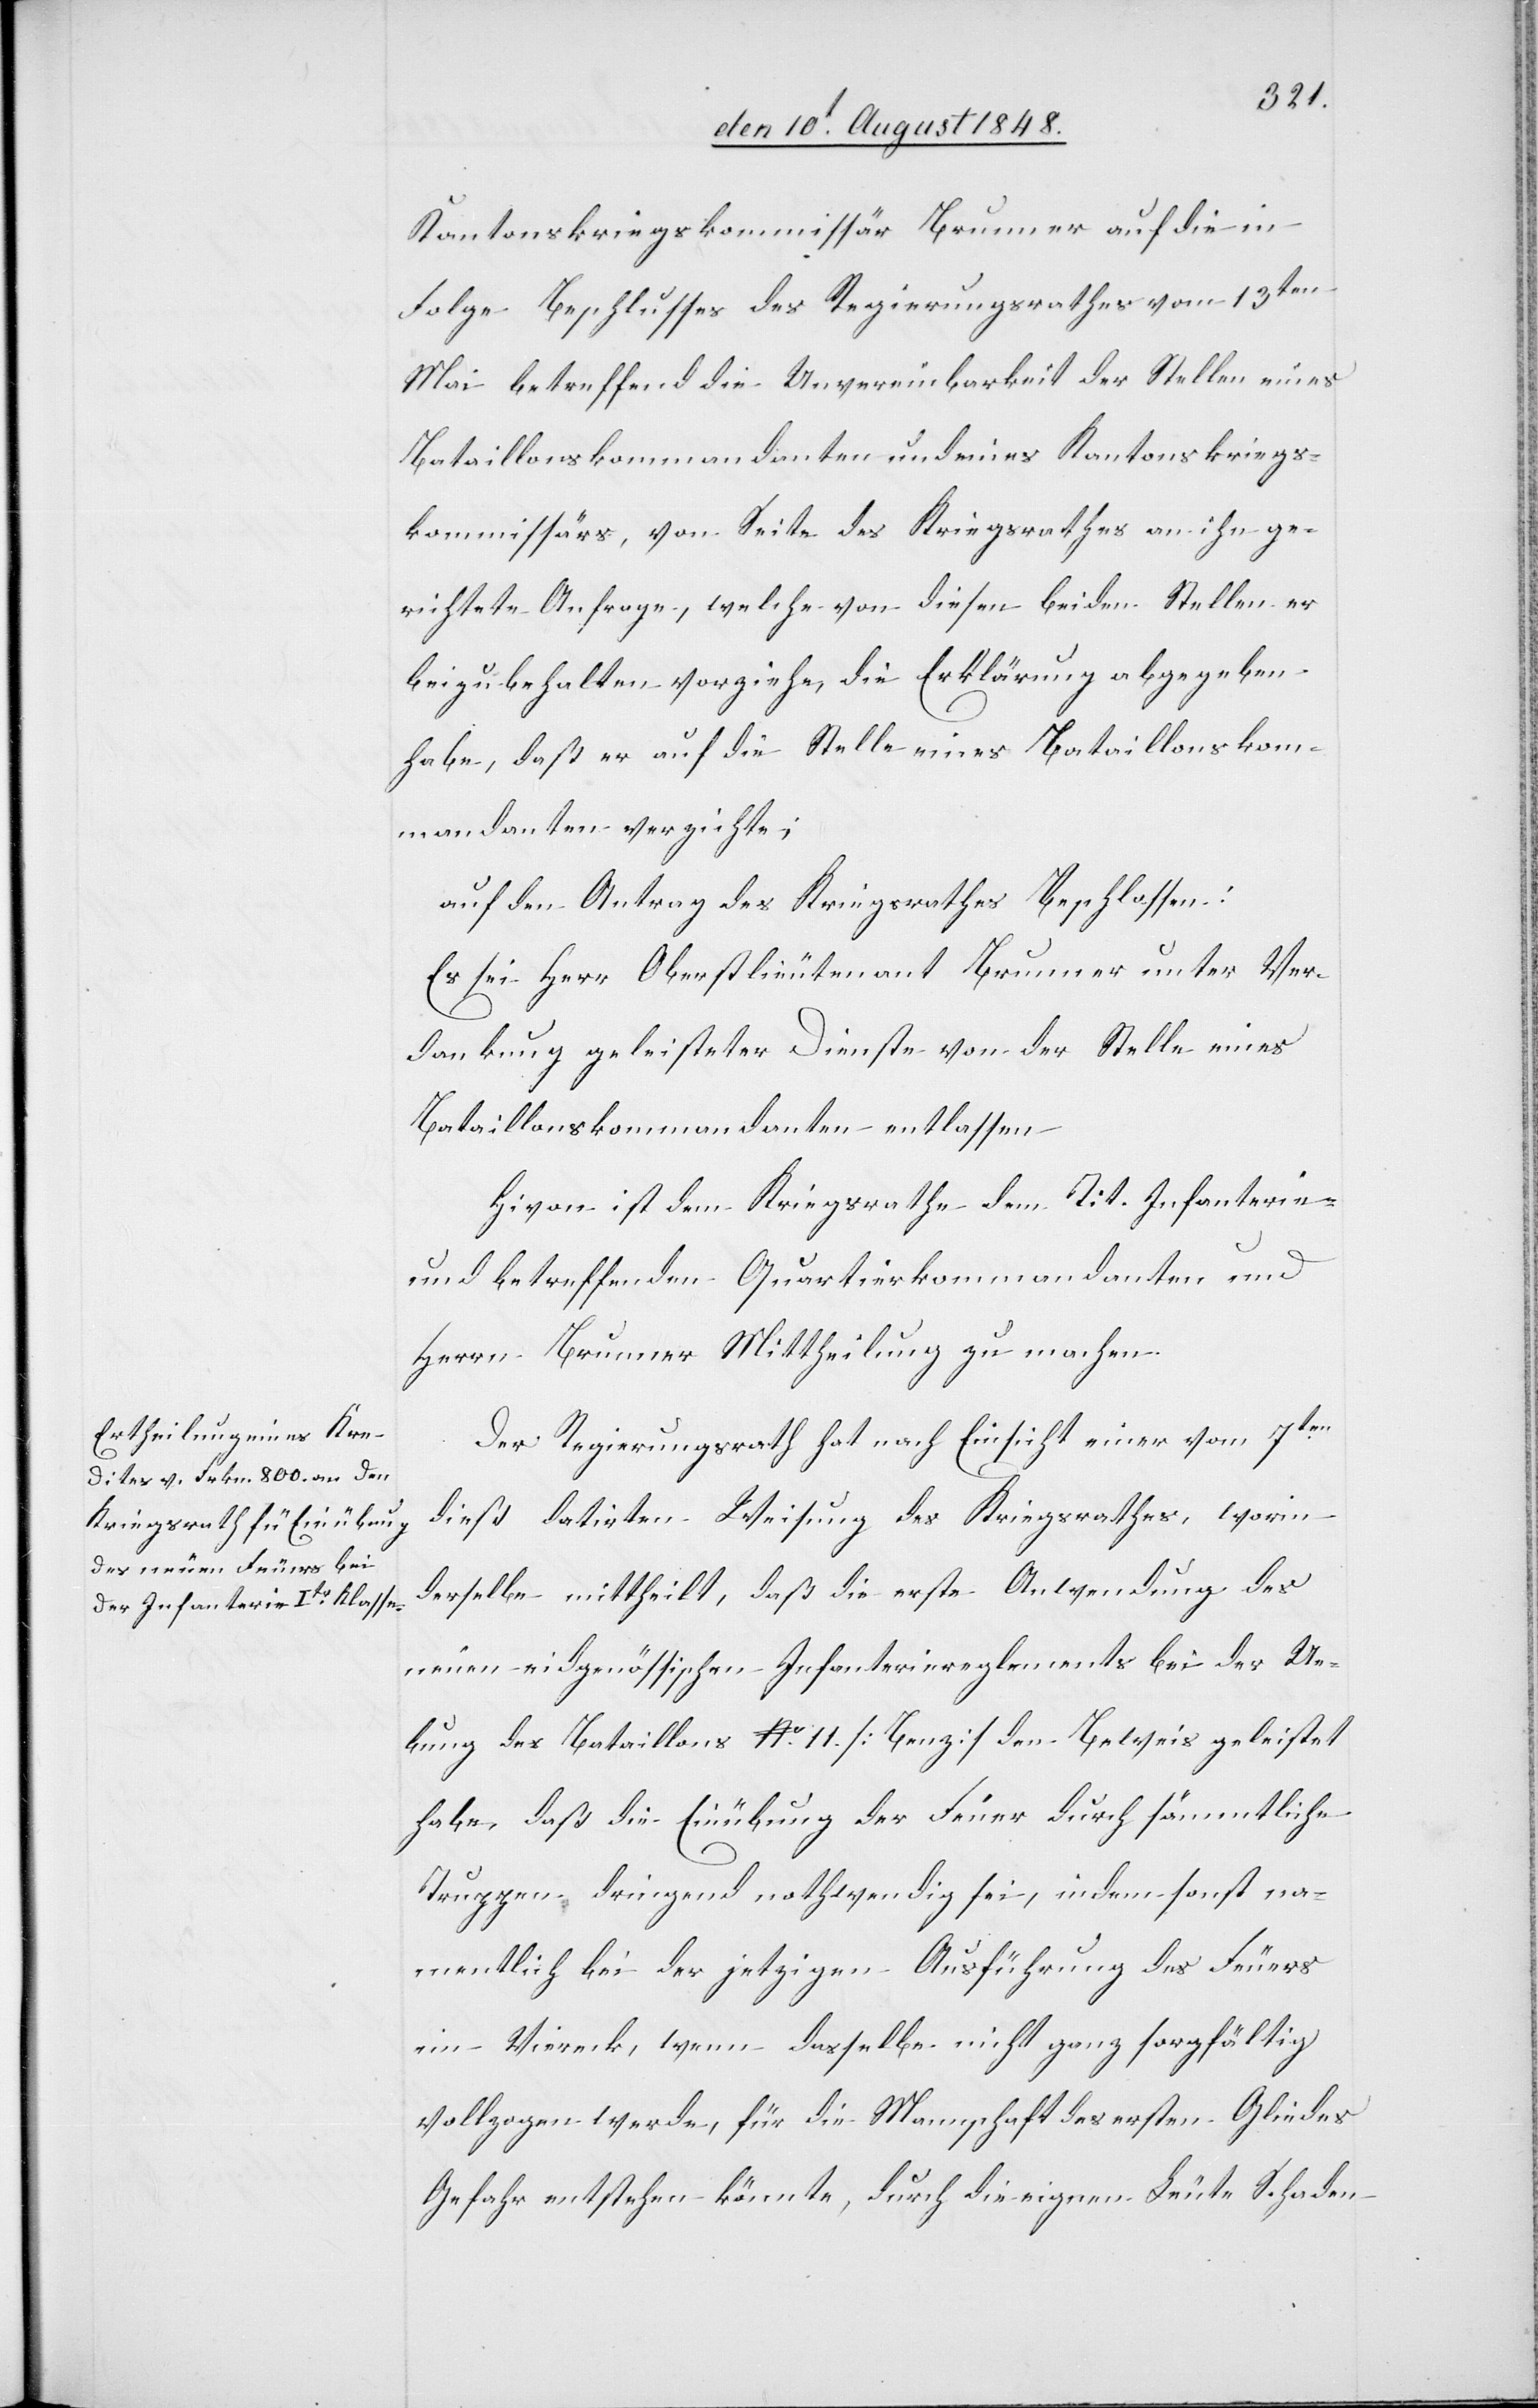
Kantonskriegskommissär Brunner auf die in
Folge Beschlusses des Regierungsrathes vom 13ten
Mai betreffend die Unvereinbarkeit der Stellen eines
Bataillonskommandanten und eines Kantonskriegs¬
kommissärs, von Seite des Kriegsrathes an ihn ge¬
richtete Anfrage, welche von diesen beiden Stellen er
beizubehalten vorziehe, die Erklärung abgegeben
habe, daß er auf die Stelle eines Bataillonskom¬
mandanten verzichte.
auf den Antrag des Kriegsrath beschlossen:
Es sei Herrn Oberlieutenant Brunner unter Ver¬
dankung geleisteter Dienste von der Stelle eines
Bataillonskommandanten entlassen.
Hievon ist dem Kriegsrathe dem Tit. Infanterie-
und betreffenden Quartierkommandanten und
Herrn Brunner Mittheilung zu machen.
Der Regierungsrath hat nach Einsicht einer vom 7ten
dieß datirten Weisung des Kriegsrathes, worin
derselbe mittheilt, daß die erste Anwendung des
neuen eidgenössischen Infanteriereglements bei der Ue¬
bung des Bataillons No 11. [Benz] den Beweis geleistet
habe, daß die Einübung der Feuer durch sämmtliche
Truppen dringend nothwendig sei, indem sonst na¬
mentlich bei der jetzigen Ausführung des Feuers
ein Viereck, wenn dasselbe nicht ganz sorgfältig
vollzogen werde, für die Mannschaft des ersten Gliedes
Gefahr entstehen könnte, durch die eignen Leute Schaden